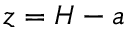
z = H - a